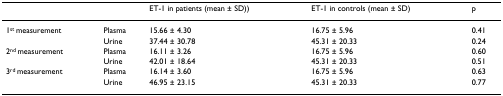
<table><thead><tr><td></td><td></td><td><b>ET-1 in patients (mean ± SD))</b></td><td><b>ET-1 in controls (mean ± SD)</b></td><td><b>p</b></td></tr></thead><tbody><tr><td>1<sup>st </sup>measurement</td><td>Plasma</td><td>15.66 ± 4.30</td><td>16.75 ± 5.96</td><td>0.41</td></tr><tr><td></td><td>Urine</td><td>37.44 ± 30.78</td><td>45.31 ± 20.33</td><td>0.24</td></tr><tr><td>2<sup>nd </sup>measurement</td><td>Plasma</td><td>16.11 ± 3.26</td><td>16.75 ± 5.96</td><td>0.60</td></tr><tr><td></td><td>Urine</td><td>42.01 ± 18.64</td><td>45.31 ± 20.33</td><td>0.51</td></tr><tr><td>3<sup>rd </sup>measurement</td><td>Plasma</td><td>16.14 ± 3.60</td><td>16.75 ± 5.96</td><td>0.63</td></tr><tr><td></td><td>Urine</td><td>46.95 ± 23.15</td><td>45.31 ± 20.33</td><td>0.77</td></tr></tbody></table>